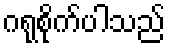
ဂရုစိုက်ပါသည်